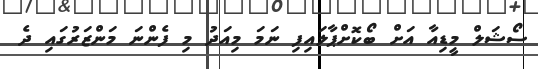
ސޯޝަލް މީޑިއާ އަށް ބޯކޮށްޕާލައިފި ނަމަ މިއަދު މި ފެންނަ މަންޒަރުގައި ދެ